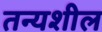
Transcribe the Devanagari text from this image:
तन्यशील